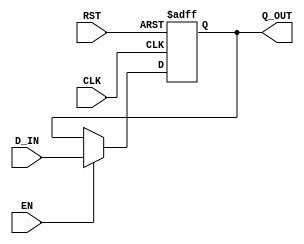

`ifdef BSV_ASSIGNMENT_DELAY
`else
  `define BSV_ASSIGNMENT_DELAY
`endif

`ifdef BSV_POSITIVE_RESET
  `define BSV_RESET_VALUE 1'b1
  `define BSV_RESET_EDGE posedge
`else
  `define BSV_RESET_VALUE 1'b0
  `define BSV_RESET_EDGE negedge
`endif


// Standard register with asynchronous reset
module RegA(CLK, RST, Q_OUT, D_IN, EN);

   parameter width = 1;
   parameter init = { width {1'b0}} ;

   input     CLK;
   input     RST;
   input     EN;
   input [width - 1 : 0] D_IN;
   output [width - 1 : 0] Q_OUT;

   reg [width - 1 : 0]    Q_OUT;

   always@(posedge CLK or `BSV_RESET_EDGE RST) begin
      if (RST == `BSV_RESET_VALUE)
        Q_OUT <= `BSV_ASSIGNMENT_DELAY init;
      else
        begin
           if (EN)
             Q_OUT <= `BSV_ASSIGNMENT_DELAY D_IN;
        end
   end // always@ (posedge CLK or `BSV_RESET_EDGE RST)


`ifdef BSV_NO_INITIAL_BLOCKS
`else // not BSV_NO_INITIAL_BLOCKS
   // synopsys translate_off
   initial begin
      Q_OUT = {((width + 1)/2){2'b10}} ;
   end
   // synopsys translate_on
`endif // BSV_NO_INITIAL_BLOCKS

endmodule